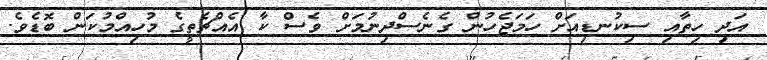
އަދި ހިތާއި ސިކުނޑިއަށް ހަމަޖެހުން ގެނެސްދިނުމަށް ވެސް ކާ އެއްޗެތީގެ މުހިއްމުކަން ބޮޑެވެ.